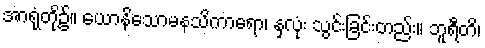
အာရုံတို့၌။ ယောနိသောမနသိကာရော၊ နှလုံး သွင်းခြင်းတည်း။ ဘူရီတိ၊